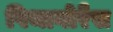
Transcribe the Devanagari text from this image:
पिथागोरैस